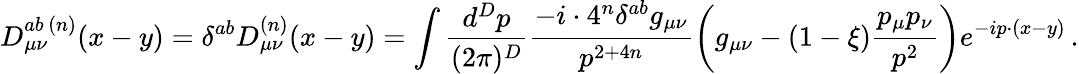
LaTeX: D_{\mu\nu}^{ab\, (n)}(x-y)=\delta^{ab}D_{\mu\nu}^{(n)}(x-y)=\int\frac{d^{D}p}{(2\pi)^{D}}\frac{-i\cdot 4^{n}\delta^{ab}g_{\mu\nu}}{p^{2+4n}}\bigg(g_{\mu\nu}-(1-\xi)\frac{p_{\mu}p_{\nu}}{p^{2}}\bigg)e^{-ip\cdot(x-y)}\, .